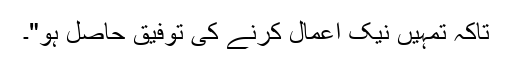
تاکہ تمہیں نیک اعمال کرنے کی توفیق حاصل ہو"۔